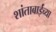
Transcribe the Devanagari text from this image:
शांताबाईंच्या